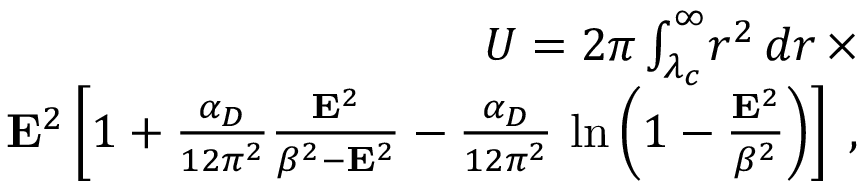
\begin{array} { r } { U = 2 \pi \int _ { \lambda _ { c } } ^ { \infty } \! r ^ { 2 } \, d r \, \times } \\ { { \bf E } ^ { 2 } \left[ 1 + \frac { \alpha _ { D } } { 1 2 \pi ^ { 2 } } \frac { { \bf E } ^ { 2 } } { \beta ^ { 2 } - { \bf E } ^ { 2 } } - \frac { \alpha _ { D } } { 1 2 \pi ^ { 2 } } \, \ln \left( 1 - \frac { { \bf E } ^ { 2 } } { \beta ^ { 2 } } \right) \right] \; , } \end{array}